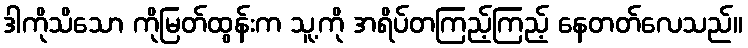
ဒါကိုသိသော ကိုမြတ်ထွန်းက သူ့ကို အရိပ်တကြည့်ကြည့် နေတတ်လေသည်။